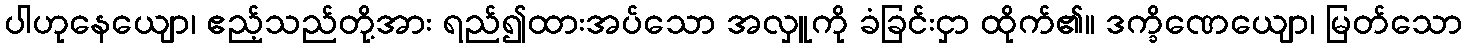
ပါဟုနေယျော၊ ဧည့်သည်တို့အား ရည်၍ထားအပ်သော အလှူကို ခံခြင်းငှာ ထိုက်၏။ ဒက္ခိဏေယျော၊ မြတ်သော